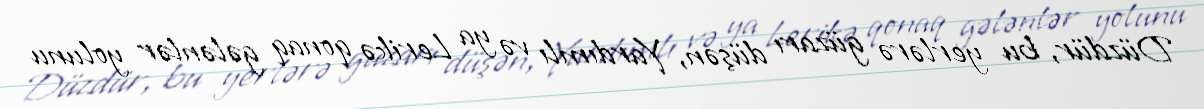
Düzdür, bu yerlərə güzarı düşən, Yardımlı və ya Lerikə qonaq gələnlər yolunu